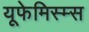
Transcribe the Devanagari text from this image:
यूफेमिस्म्स